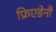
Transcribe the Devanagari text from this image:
फ्रिएडेनौ